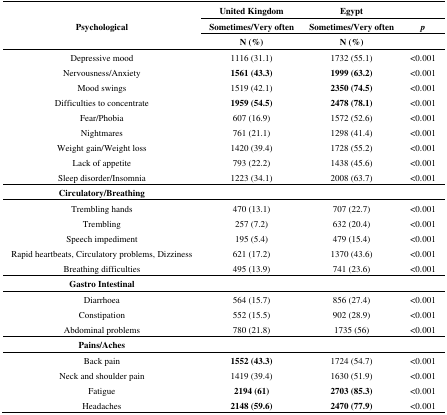
| <ROWSPAN=3> Psychological | United Kingdom | Egypt |  |
 | Sometimes/Very often | Sometimes/Very often | p |
 | N (%) | N (%) |  |
 | --- | --- | --- | --- |
 | Depressive mood | 1116 (31.1) | 1732 (55.1) | <0.001 |
 | Nervousness/Anxiety | 1561 (43.3) | 1999 (63.2) | <0.001 |
 | Mood swings | 1519 (42.1) | 2350 (74.5) | <0.001 |
 | Difficulties to concentrate | 1959 (54.5) | 2478 (78.1) | <0.001 |
 | Fear/Phobia | 607 (16.9) | 1572 (52.6) | <0.001 |
 | Nightmares | 761 (21.1) | 1298 (41.4) | <0.001 |
 | Weight gain/Weight loss | 1420 (39.4) | 1728 (55.2) | <0.001 |
 | Lack of appetite | 793 (22.2) | 1438 (45.6) | <0.001 |
 | Sleep disorder/Insomnia | 1223 (34.1) | 2008 (63.7) | <0.001 |
 | Circulatory/Breathing |  |  |  |
 | Trembling hands | 470 (13.1) | 707 (22.7) | <0.001 |
 | Trembling | 257 (7.2) | 632 (20.4) | <0.001 |
 | Speech impediment | 195 (5.4) | 479 (15.4) | <0.001 |
 | Rapid heartbeats, Circulatory problems, Dizziness | 621 (17.2) | 1370 (43.6) | <0.001 |
 | Breathing difficulties | 495 (13.9) | 741 (23.6) | <0.001 |
 | Gastro Intestinal |  |  |  |
 | Diarrhoea | 564 (15.7) | 856 (27.4) | <0.001 |
 | Constipation | 552 (15.5) | 902 (28.9) | <0.001 |
 | Abdominal problems | 780 (21.8) | 1735 (56) | <0.001 |
 | Pains/Aches |  |  |  |
 | Back pain | 1552 (43.3) | 1724 (54.7) | <0.001 |
 | Neck and shoulder pain | 1419 (39.4) | 1630 (51.9) | <0.001 |
 | Fatigue | 2194 (61) | 2703 (85.3) | <0.001 |
 | Headaches | 2148 (59.6) | 2470 (77.9) | <0.001 |